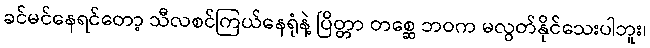
ခင်မင်နေရင်တော့ သီလစင်ကြယ်နေရုံနဲ့ ပြိတ္တာ တစ္ဆေ ဘဝက မလွတ်နိုင်သေးပါဘူး၊